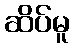
ဆိပ်မူ